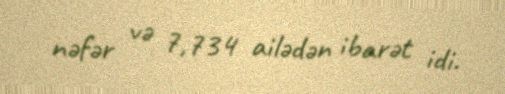
nəfər və 7,734 ailədən ibarət idi.